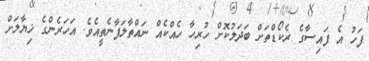
ފަހު އެ ފައިސާގެ ރެކޯޑްތަށް ބަދަލުކޮށް ހުރިހާ ހެއްކެއް ނައްތާލަފާނެތީއެވެ. އަހަރެންގެ ޚިޔާލަށް